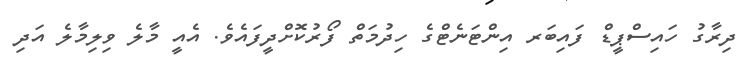
ދިރާގު ހައިސްޕީޑް ފައިބަރ އިންޓަނެޓްގެ ހިދުމަތް ފޯރުކޮށްދީފައެވެ. އެއީ މާލެ ވިލިމާލެ އަދި